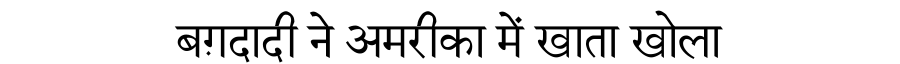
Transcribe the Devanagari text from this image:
बग़दादी ने अमरीका में खाता खोला